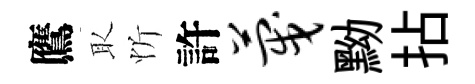
鷹取忻許蔑黝拈